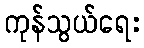
ကုန်သွယ်ရေး